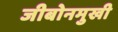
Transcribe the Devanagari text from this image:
जीबोनमुखी